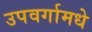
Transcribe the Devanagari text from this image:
उपवर्गामधे